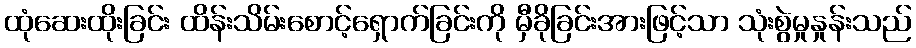
ထုံဆေးထိုးခြင်း ထိန်းသိမ်းစောင့်ရှောက်ခြင်းကို မှီခိုခြင်းအားဖြင့်သာ သုံးစွဲမှုနှုန်းသည်